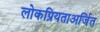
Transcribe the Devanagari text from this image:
लोकप्रियताअर्जित